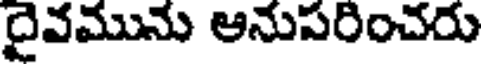
దైవమును అనుపరించరు